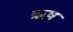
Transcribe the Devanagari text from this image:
ऋष